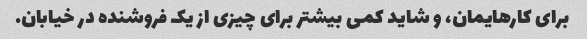
برای کارهایمان، و شاید کمی بیشتر برای چیزی از یک فروشنده در خیابان.